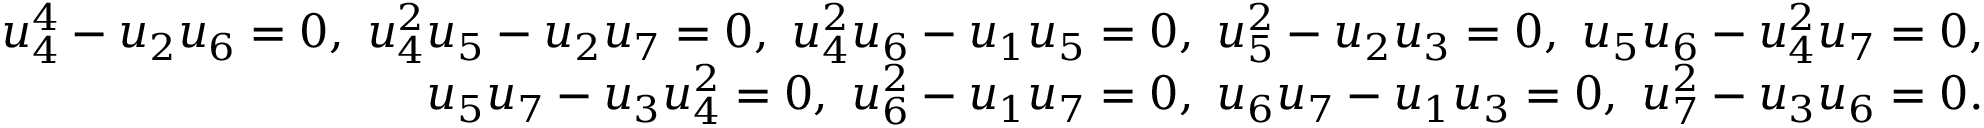
\begin{array} { r } { u _ { 4 } ^ { 4 } - u _ { 2 } u _ { 6 } = 0 , \ u _ { 4 } ^ { 2 } u _ { 5 } - u _ { 2 } u _ { 7 } = 0 , \ u _ { 4 } ^ { 2 } u _ { 6 } - u _ { 1 } u _ { 5 } = 0 , \ u _ { 5 } ^ { 2 } - u _ { 2 } u _ { 3 } = 0 , \ u _ { 5 } u _ { 6 } - u _ { 4 } ^ { 2 } u _ { 7 } = 0 , } \\ { u _ { 5 } u _ { 7 } - u _ { 3 } u _ { 4 } ^ { 2 } = 0 , \ u _ { 6 } ^ { 2 } - u _ { 1 } u _ { 7 } = 0 , \ u _ { 6 } u _ { 7 } - u _ { 1 } u _ { 3 } = 0 , \ u _ { 7 } ^ { 2 } - u _ { 3 } u _ { 6 } = 0 . } \end{array}